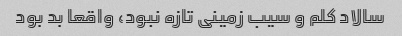
سالاد کلم و سیب زمینی تازه نبود، واقعا بد بود